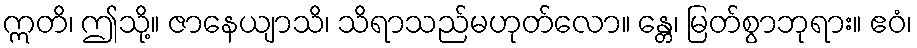
ဣတိ၊ ဤသို့။ ဇာနေယျာသိ၊ သိရာသည်မဟုတ်လော။ န္တေ၊ မြတ်စွာဘုရား။ ဧဝံ၊